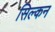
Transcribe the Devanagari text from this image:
सिल्कन